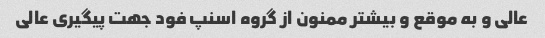
عالی و به موقع و بیشتر ممنون از گروه اسنپ فود جهت پیگیری عالی